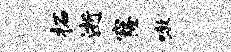
柘逝窿嗷